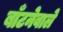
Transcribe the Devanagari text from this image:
बाँटनेवाले